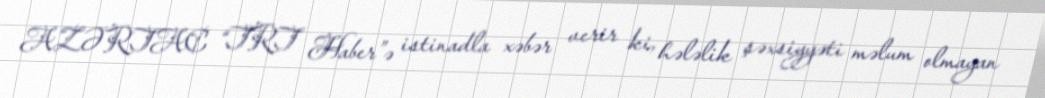
AZƏRTAC “TRT Haber”ə istinadla xəbər verir ki, hələlik şəxsiyyəti məlum olmayan